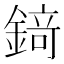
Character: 𨪆